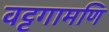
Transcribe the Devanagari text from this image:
वट्टगामणि